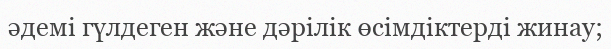
әдемi гүлдеген және дәрiлiк өсiмдiктердi жинау;